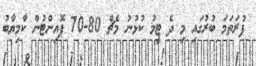
ފުރަތަމަ ބުރުގައި މި ދެ ޓީމު ކުޅުނު މެޗް 80-70 ޕޮއިންޓުން ކާމިޔާބު